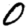
Digit: 0